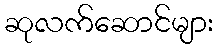
ဆုလက်ဆောင်များ